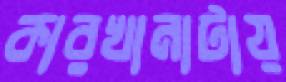
কারখানাটায়